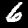
Label: 6